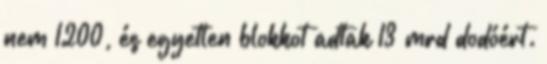
nem 1200, és egyetlen blokkot adtak 13 mrd dodóért.